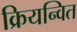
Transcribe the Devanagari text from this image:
क्रियन्वित